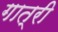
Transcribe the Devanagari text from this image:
गात्री